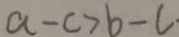
a - c > b - c .